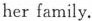
her family.